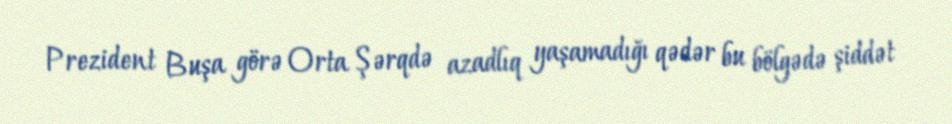
Prezident Buşa görə Orta Şərqdə azadlıq yaşamadığı qədər bu bölgədə şiddət